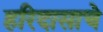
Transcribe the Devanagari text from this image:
हरिदासाचे